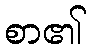
စာ၏